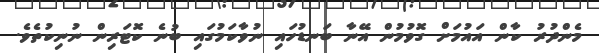
މެންދުރު ކާން އައުމަށް ގޮވުމުން އޭނާ ބަނޑުހައި ނުވާކަމުގައި ބުނެ ކޮޓަރިން ނުނިކުތެވެ.